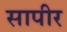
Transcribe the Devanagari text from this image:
सापीर